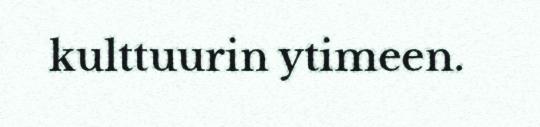
kulttuurin ytimeen.